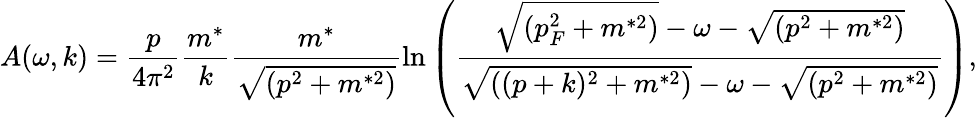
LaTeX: A(\omega,k)=\frac{p}{4\pi^{2}}\frac{m^{*}}{k}\frac{m^{*}}{\sqrt{(p^{2}+m^{*2})}}\ln\left(\frac{\sqrt{(p_{F}^{2}+m^{*2})}-\omega-\sqrt{(p^{2}+m^{*2})}}{\sqrt{((p+k)^{2}+m^{*2})}-\omega-\sqrt{(p^{2}+m^{*2})}}\right),